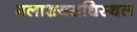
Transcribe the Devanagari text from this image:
मलाशयसधिस्थल